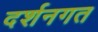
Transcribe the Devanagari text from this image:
दर्शनगत